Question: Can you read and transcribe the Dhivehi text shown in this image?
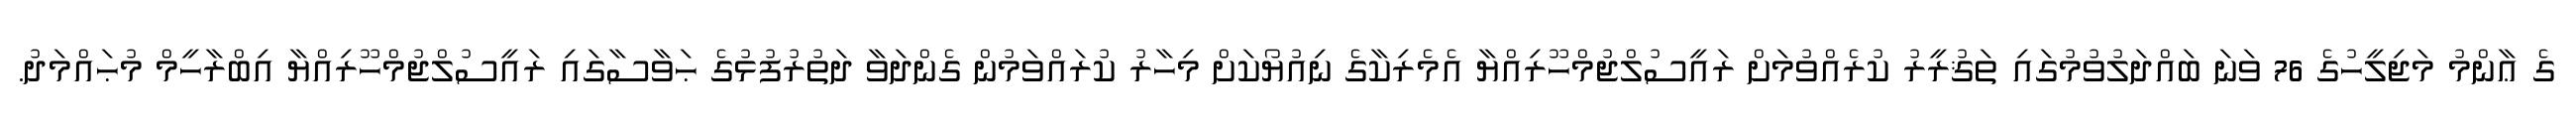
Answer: ގެ ޢާންމު މަޖިލީހުގެ 76 ވަނަ ބައްދަލުވުމުގައި ތަޤުރީރު ކުރެއްވުމަށް ރައީސުލްޖުމްހޫރިއްޔާ އެމެރިކާގެ ނިއުޔޯކަށް މިހާރު ކުރައްވަމުން ގެންދަވާ ދަތުރުފުޅުގެ ޙަވާސާގައި ރައީސުލްޖުމްހޫރިއްޔާ އިބްރާހީމް މުޙައްމަދު.